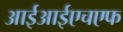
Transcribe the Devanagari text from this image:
आईआईएचएफ